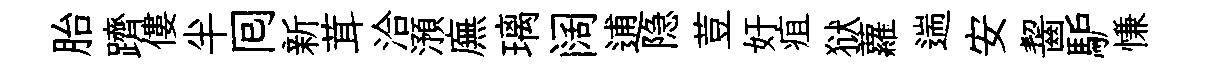
胎躋僂半囘新茸洽澦廡璃阔逋隐荳奸疽狱蘿遄安齧馿慊